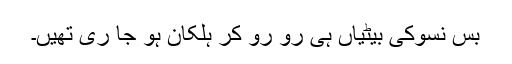
بس نسوکی بیٹیاں ہی رو رو کر ہلکان ہو جا ری تھیں۔